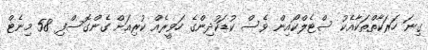
ގިނަ ހަރަކާތްތަކާއެކު ސްޓެލްކޯއިން ވެސް ކުޑަކުދިންގެ ހަވީރެއް ކުރިއަށް ގެންގޮސްފި 58 މިނެޓް